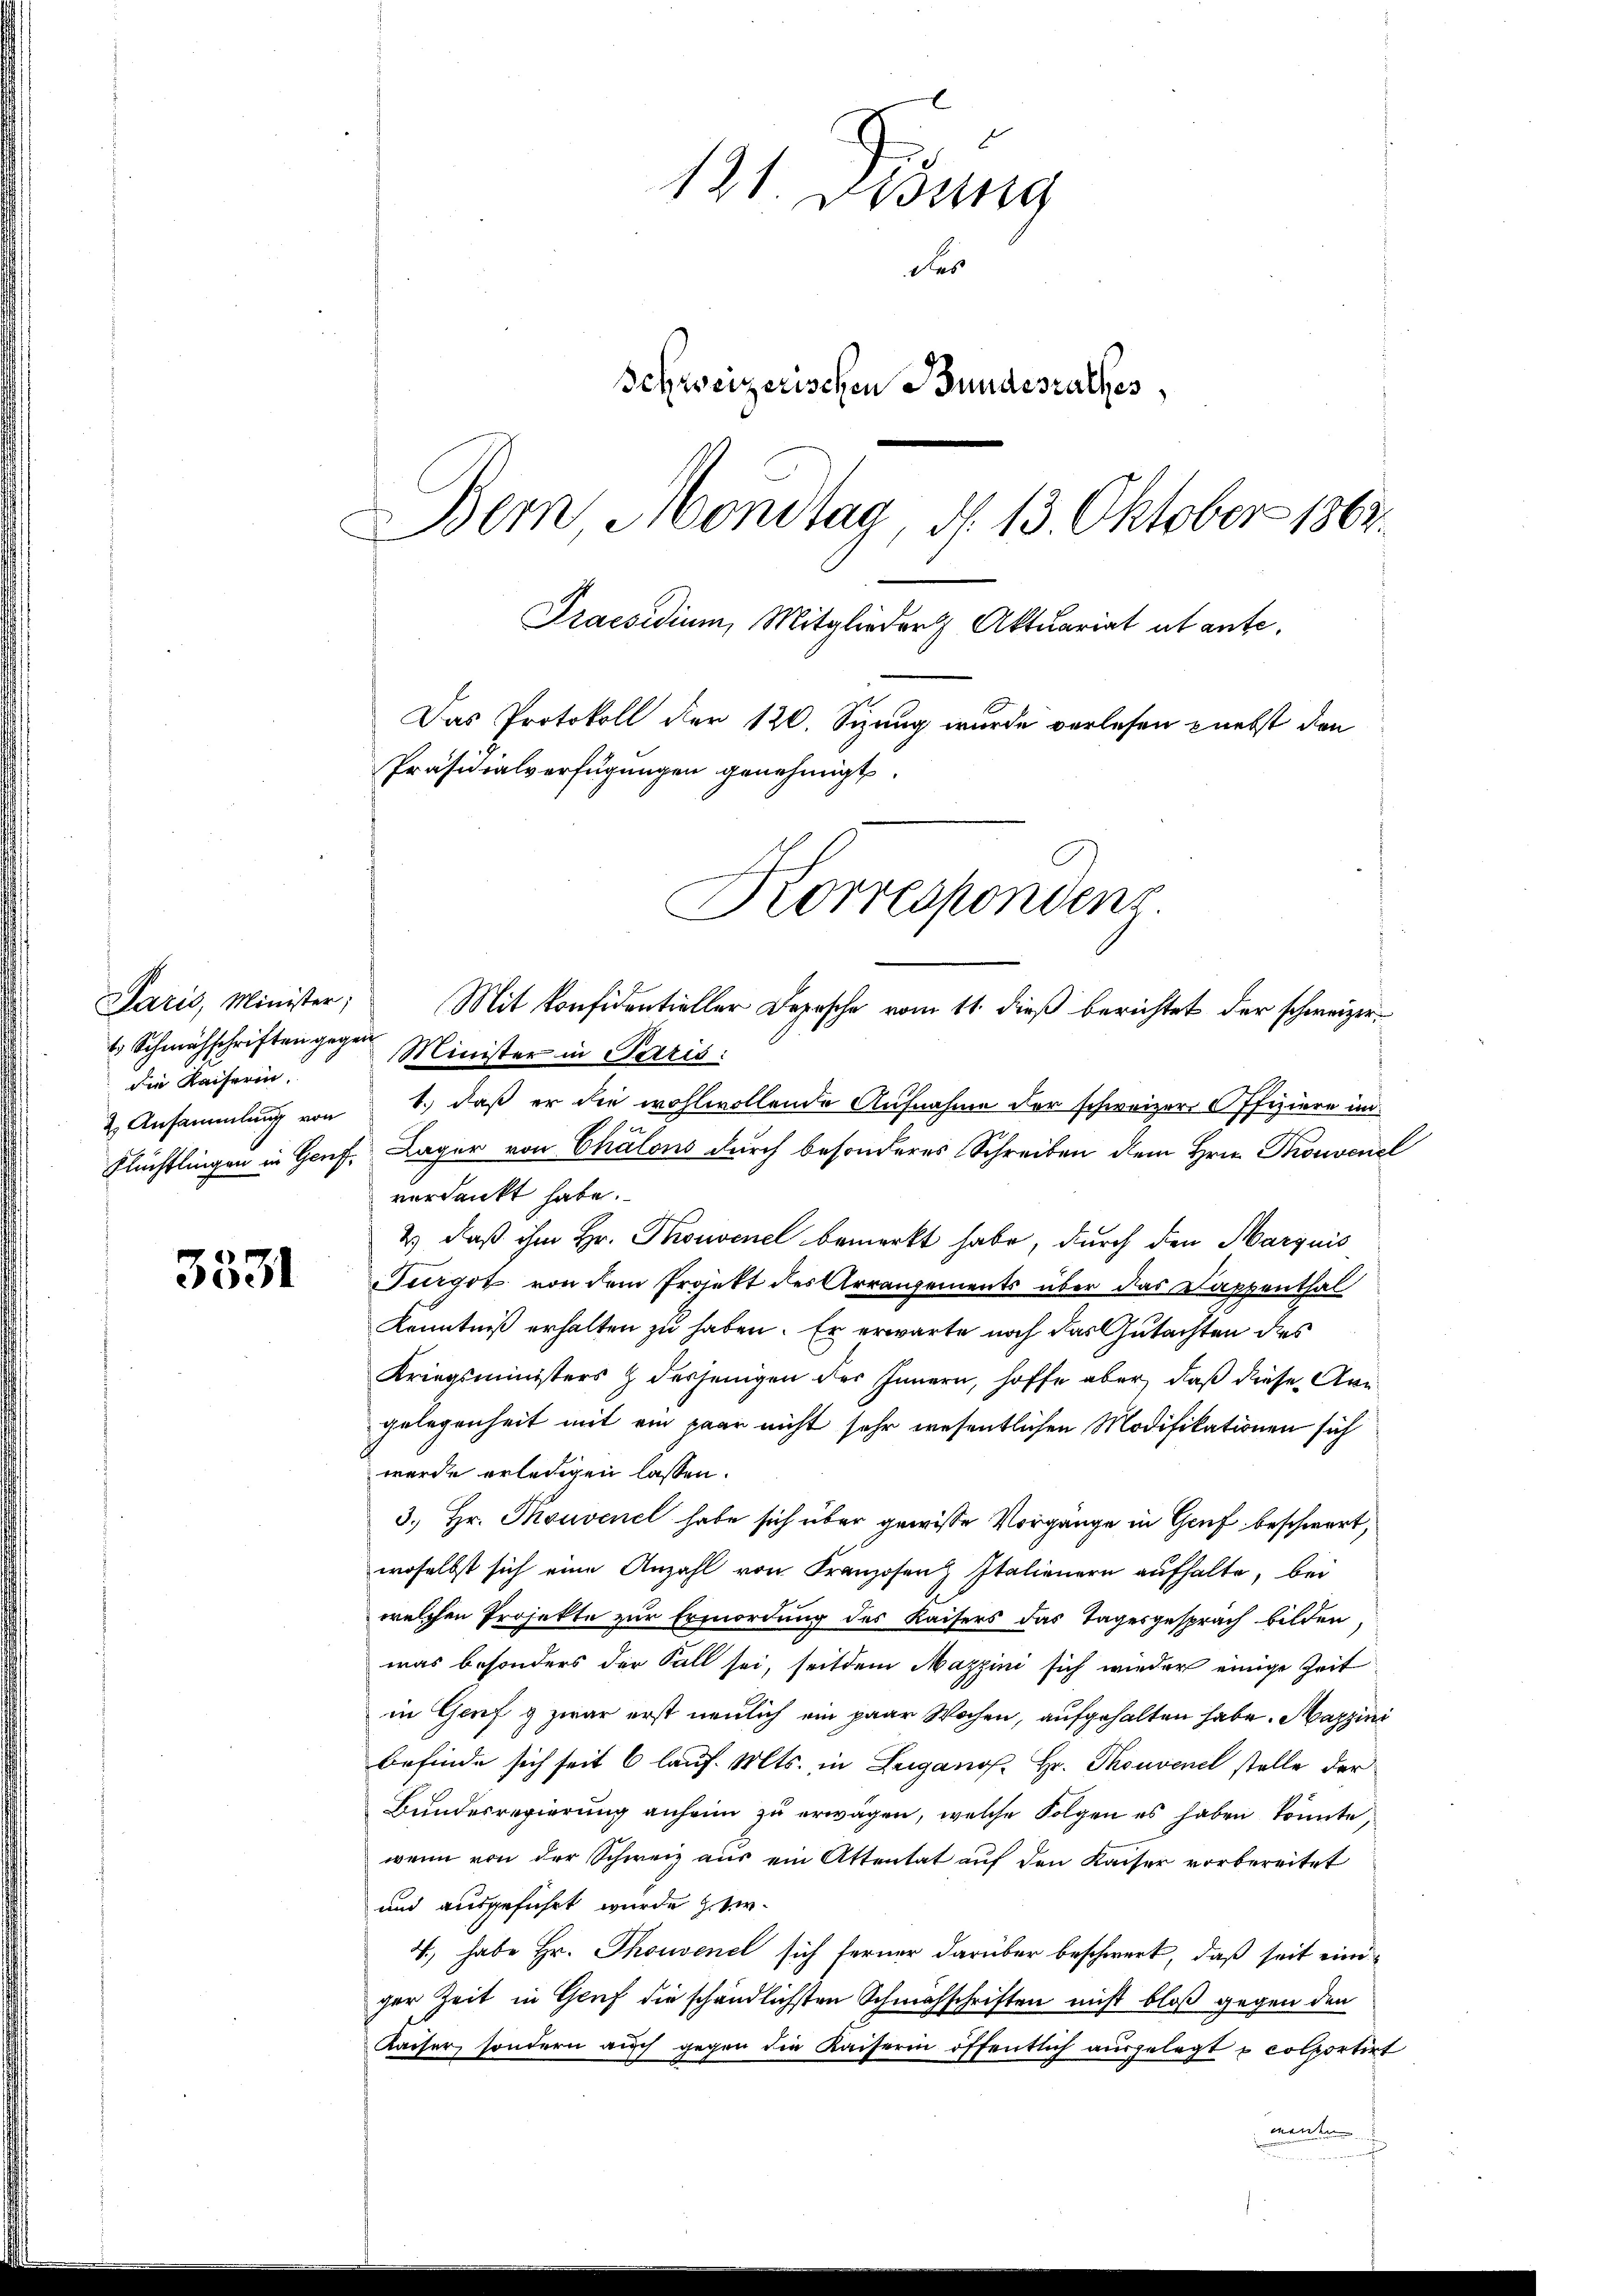
Paris, Minister; Mit Konfidentieller Depesche vom 11. dieß berichtet der schweizer¬
1 Schmähschriften gegen Minister in Paris:
2. Ansammlung von 1. daß er die wohlwollende Aufnahme der schweizer Offiziere im
Flüchtlingen in Genf Lager von Chalons durch besonderes Schreiben dem Hrn. Thonvenel
verdankt habe.
2) daß ihm Hr. Thonvenel bemerkt habe, durch den Marquis
Turgot von dem Projekt des Arrangements über das Dappenthal
Kenntniß erhalten zu haben. Er erwarte noch das Gutachten des
Kriegsministers & desjenigen des Innern, hoffe aber, daß diese Arn
gelegenheit mit ein paar nicht sehr wesentlichen Modifikationen sich
werde erledigen lassen.
3. Hr. Touvenel habe sich über gewisse Vorgänge in Genf beschwert,
woselbst sich eine Anzahl von Franzosenz Italienern aufhalte, bei
welchen Projekte zur Ermordung des Kaisers das Tagesgespräch bilden,
was besonders der Fall sei, seitdem Maggini sich wieder einige Zeit
in Genf g zwar erst neulich ein paar Wochen, aufgehalten habe. Mazzini
befinde sich seit 6 lauf. Mts. in Luganos. Hr. Thouvenel stelle der
Bundesregierung anheim zu erwägen, welche Folgen es haben könnte,
wenn von der Schweiz aus ein Attentat auf den Kaiser vorbereitet
und ausgeführt wurde hier
4., habe Hr. Thouvenel sich ferner darüber beschwert, daß seit einiger Zeit in Genf die schändlichsten Schmähschriften nicht bloß gegen den
Kaiser, sondern auch gegen die Kaiserin öffentlich ausgelegt u colportirt
meiden

die Kaiserin.

131. Disung
des
Schweizerischen Bundesrathes,
Bem Montag, d. 13. Oktober 1863.
Praesidium, Mitglieder Aktuariat abante.
Das Protokoll der 120. Sizung wurde verlesen nebst den
Präsidialverfügungen genehmigt.

Korrespondenz.